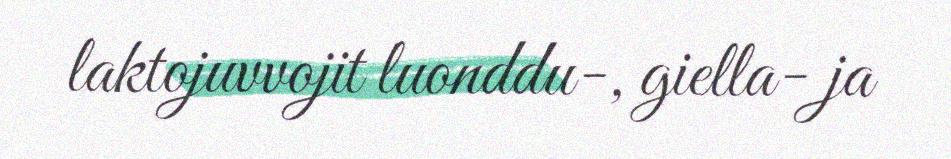
laktojuvvojit luonddu-, giella- ja